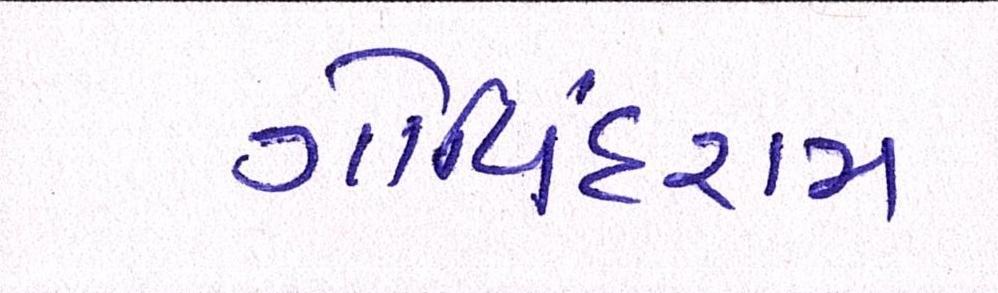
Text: ગોવિંદરામ